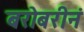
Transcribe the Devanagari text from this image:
बरोबरीनं